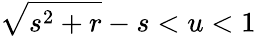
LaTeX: \sqrt{s^{2}+r}-s<u<1